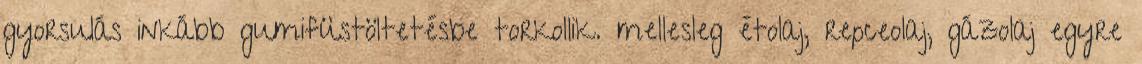
gyorsulás inkább gumifüstöltetésbe torkollik. mellesleg étolaj, repceolaj, gázolaj egyre